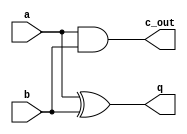
module half_adder(
	input a, b,
	output q, c_out
	);
	assign q = a ^ b;
	assign c_out = a & b;
endmodule